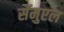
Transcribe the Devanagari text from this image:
सॅमुएल